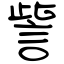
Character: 訾